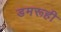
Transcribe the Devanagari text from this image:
डमरूही